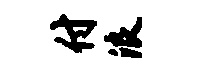
付浪